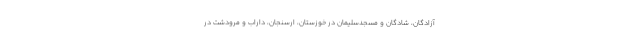
آزادگان، شادگان و مسجدسلیمان در خوزستان، ارسنجان، داراب و مرودشت در